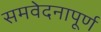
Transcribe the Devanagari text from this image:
समवेदनापूर्ण